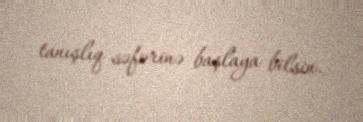
tanışlıq səfərinə başlaya bilsin.